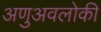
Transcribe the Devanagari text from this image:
अणुअवलोकी